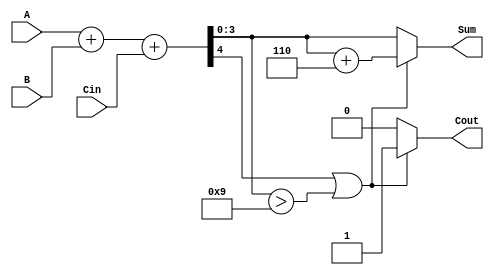
module bcd_asynchronous_adder (
    input  [3:0] A,      // First BCD digit input
    input  [3:0] B,      // Second BCD digit input
    input        Cin,     // Carry input from previous addition
    output reg [3:0] Sum, // BCD result of the addition
    output reg Cout       // Carry output
);

    // Intermediate signals
    wire [4:0] S;        // 5-bit sum to hold the binary addition result
    wire correction;      // Flag to indicate if correction is needed

    // Binary addition of A, B, and Cin
    assign S = A + B + Cin;

    // Check if correction is needed (if S[3] == 1 or S[3:0] > 9)
    assign correction = (S[4] || (S[3:0] > 4'b1001));

    always @(*) begin
        if (correction) begin
            // Apply correction by adding 6 (0110 in binary)
            Sum = S[3:0] + 4'b0110;
            Cout = 1; // Set carry out if correction is applied
        end else begin
            Sum = S[3:0]; // No correction needed
            Cout = 0;     // No carry out
        end
    end

endmodule